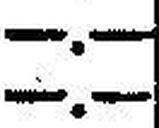
—.—